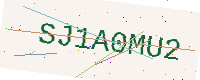
Text: SJ1A0MU2